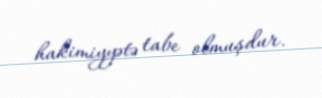
hakimiyyətə tabe olmuşdur.